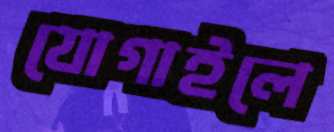
যোগাইলে